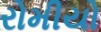
રોમીયો